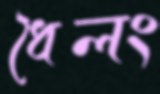
ধৈলং